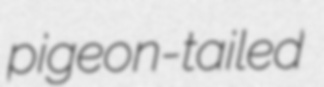
pigeon-tailed